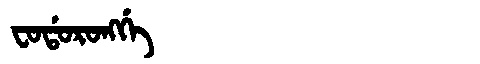
Manchu: ᠸᠣᡩᠣᡵᠣᠩᡤᡝ
Romanization: FODORONGGE